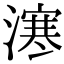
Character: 𣽬